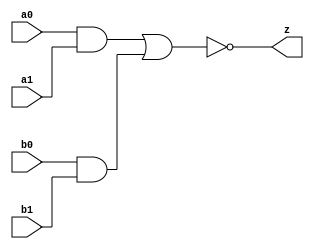
//#############################################################################
//# Function: And-Or-Inverter (aoi22) Gate                                    #
//# Copyright: OH Project Authors. ALl rights Reserved.                       #
//# License:  MIT (see LICENSE file in OH repository)                         #
//#############################################################################

module asic_aoi22 #(parameter PROP = "DEFAULT")   (
    input  a0,
    input  a1,
    input  b0,
    input  b1,
    output z
    );

   assign z = ~((a0 & a1) | (b0 & b1));

endmodule